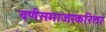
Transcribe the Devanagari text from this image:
वर्णसमाजाकरिता